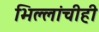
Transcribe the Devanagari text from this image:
भिल्लांचीही